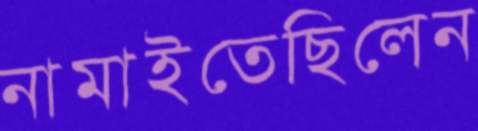
নামাইতেছিলেন